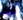
ذلك